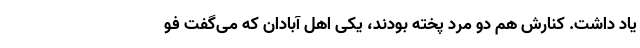
یاد داشت. کنارش هم دو مرد پخته بودند، یکی اهل آبادان که می‌گفت فو